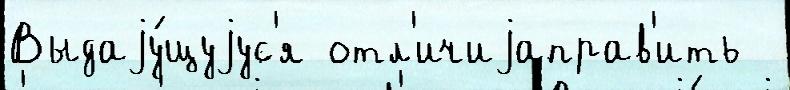
Выдаjу́щуjус'я отл'ичиjаправ'ить